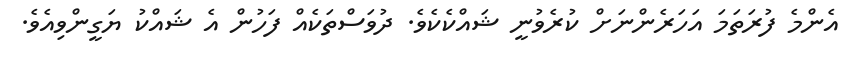
އެންމެ ފުރަތަމަ އަހަރެންނަށް ކުރެވުނީ ޝައްކެކެވެ. ދުވަސްތަކެއް ފަހުން އެ ޝައްކު ޔަގީންވިއެވެ.